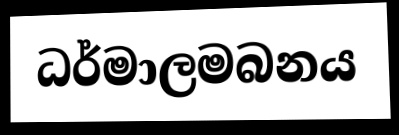
ධර්මාලමබනය